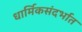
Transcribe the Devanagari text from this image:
धार्मिकसंदर्भात